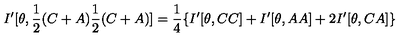
I ^ { \prime } [ \theta , \frac { 1 } { 2 } ( C + A ) \frac { 1 } { 2 } ( C + A ) ] = \frac { 1 } { 4 } \{ I ^ { \prime } [ \theta , C C ] + I ^ { \prime } [ \theta , A A ] + 2 I ^ { \prime } [ \theta , C A ] \}